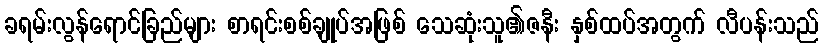
ခရမ်းလွန်ရောင်ခြည်များ စာရင်းစစ်ချုပ်အဖြစ် သေဆုံးသူ၏ဇနီး နှစ်ထပ်အတွက် လီပန်းသည်